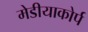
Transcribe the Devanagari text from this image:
मेडीयाकोर्प